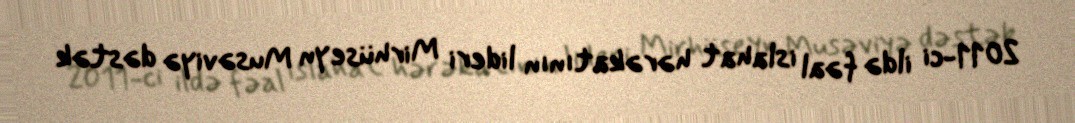
2011-ci ildə fəal islahat hərəkatının lideri Mirhüseyn Musəviyə dəstək